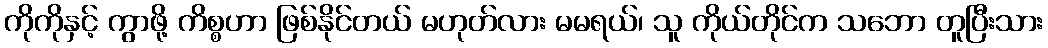
ကိုကိုနှင့် ကွာဖို့ ကိစ္စဟာ ဖြစ်နိုင်တယ် မဟုတ်လား မမရယ်၊ သူ ကိုယ်တိုင်က သဘော တူပြီးသား